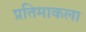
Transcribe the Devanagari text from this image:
प्रतिमाकला